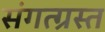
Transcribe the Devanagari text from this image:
संगत्ग्रस्त